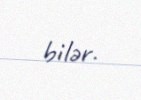
bilər.